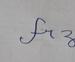
Signature authenticity: forged